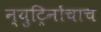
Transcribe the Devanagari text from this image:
न्युट्रिनोंचाच